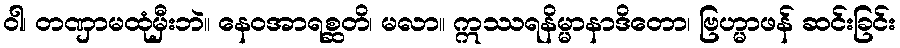
ဝါ၊ တဏှာမထုံမှီးဘဲ။ နေဝအာရစ္ဆတိ၊ မလာ။ ဣဿရနိမ္မာနာဒိတော၊ ဗြဟ္မာဖန် ဆင်းခြင်း